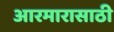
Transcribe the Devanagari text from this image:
आरमारासाठी